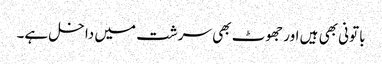
باتونی بھی ہیں اور جھوٹ بھی سرشت میں داخل ہے۔